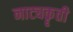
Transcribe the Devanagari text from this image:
नाट्यकॄती